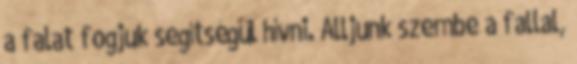
a falat fogjuk segítségül hívni. Álljunk szembe a fallal,